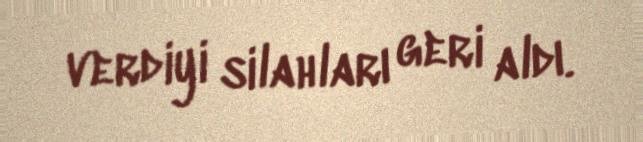
verdiyi silahları geri aldı.